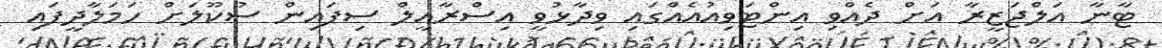
ޓާނާ އަލްޖަޒީރާ އަށް ދެއްވި އިންޓަވިއުއެއްގައި ވިދާޅުވީ އިސްރާއީލް ސިފައިން ސުކޫލަށް ހަމަލާދީފައި